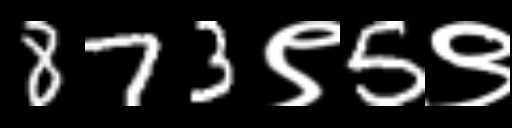
Text: 873९5९